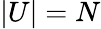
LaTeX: |U|=N